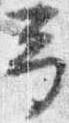
予